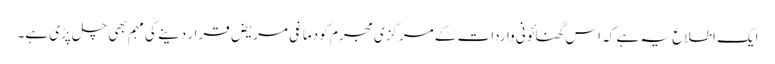
ایک اطلاع یہ ہے کہ اس گھنائونی واردات کے مرکزی مجرم کو دماغی مریض قرار دینے کی مہم بھی چل پڑی ہے۔